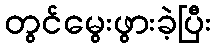
တွင်မွေးဖွားခဲ့ပြီး